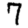
Digit: 7